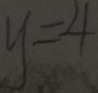
y = 4